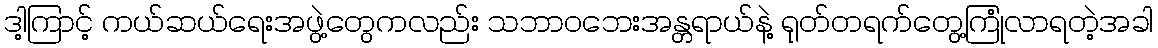
ဒါ့ကြာင့် ကယ်ဆယ်ရေးအဖွဲ့တွေကလည်း သဘာဝဘေးအန္တရာယ်နဲ့ ရုတ်တရက်တွေ့ကြုံလာရတဲ့အခါ